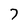
Character: 7